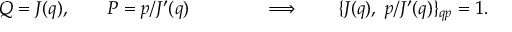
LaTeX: Q = J ( q ) , \qquad P = p / J ^ { \prime } ( q ) \qquad \qquad \Longrightarrow \qquad \{ J ( q ) , ~ p / J ^ { \prime } ( q ) \} _ { q p } = 1 .